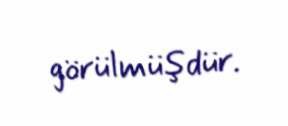
görülmüşdür.